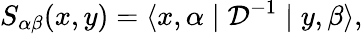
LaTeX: S_{\alpha\beta}(x,y)=\langle x,\alpha\mid{\mathcal D}^{-1}\mid y,\beta\rangle,